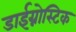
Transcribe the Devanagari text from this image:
डाईग्नोस्टिक